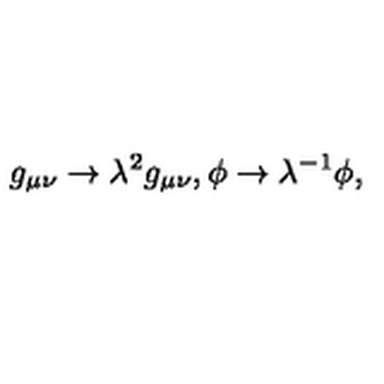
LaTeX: g _ { \mu \nu } \rightarrow \lambda ^ { 2 } g _ { \mu \nu } , \phi \rightarrow \lambda ^ { - 1 } \phi , \,